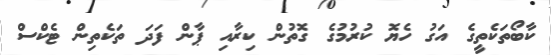
ކާބޯތަކެތީގެ އަގު ހެޔޮ ކުރުމުގެ ގޮތުން ކިރާއި ޕާން ފަދަ ތަކެތިން ޓެކްސް